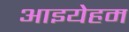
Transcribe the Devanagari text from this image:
आइयेहम